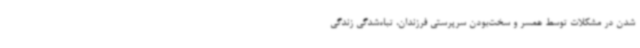
شدن در مشکلات توسط همسر و سخت‌بودن سرپرستی فرزندان، تباه‌شدگی زندگی